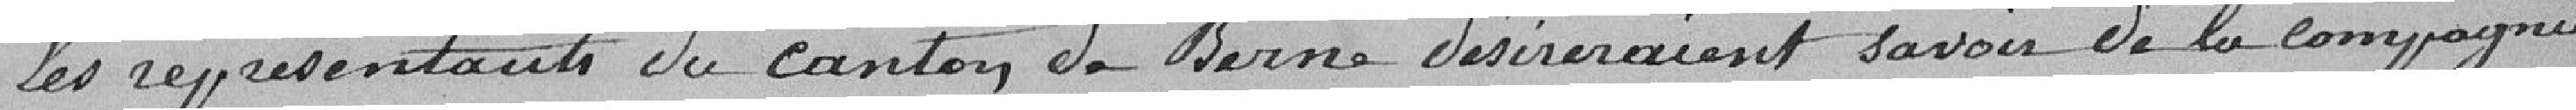
les représentants du canton de Berne désireraient savoir de la compagnie